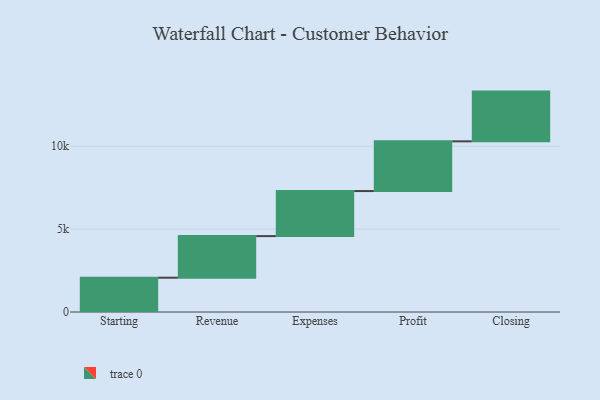
{"axis": {"x": "Step", "y": "Value"}, "legend": [""], "data": [{"x": "Starting", "y": 2069.0, "type": ""}, {"x": "Revenue", "y": 2509.0, "type": ""}, {"x": "Expenses", "y": 2719.0, "type": ""}, {"x": "Profit", "y": 3000, "type": ""}, {"x": "Closing", "y": 3000, "type": ""}]}